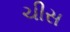
ચીસ